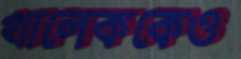
খালেককেও